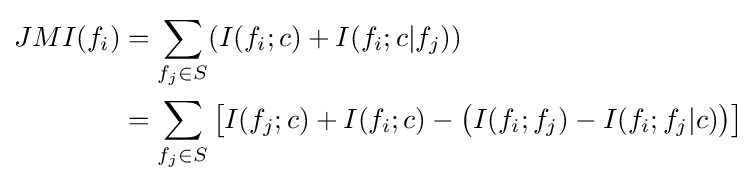
{\begin{aligned}JMI(f_{i})&=\sum _{f_{j}\in S}(I(f_{i};c)+I(f_{i};c|f_{j}))\\&=\sum _{f_{j}\in S}{\bigl [}I(f_{j};c)+I(f_{i};c)-{\bigl (}I(f_{i};f_{j})-I(f_{i};f_{j}|c){\bigr )}{\bigr ]}\end{aligned}}